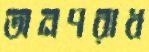
অনপরাধ